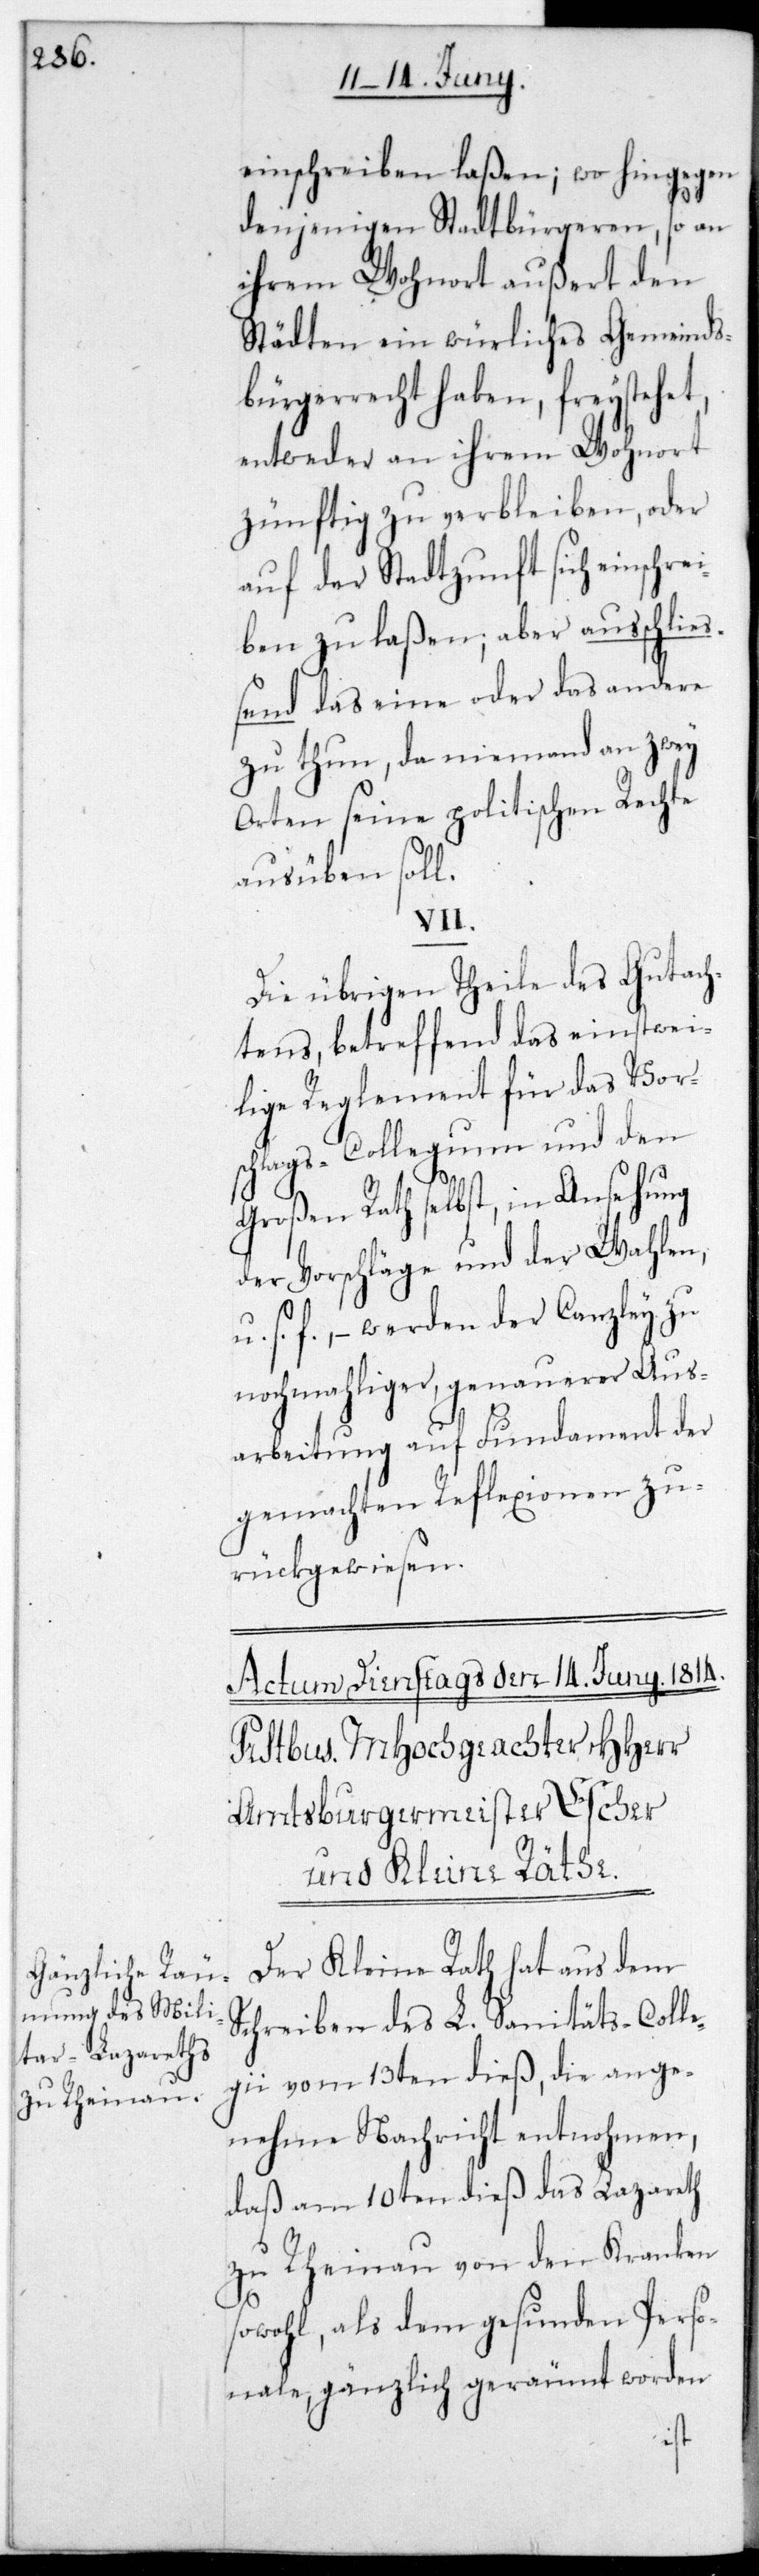
einschreiben laßen; wo hingegen
denjenigen Stadtbürgeren, so an
ihrem Wohnort außert den
Städten ein würkliches Gemeinds¬
bürgerrecht haben, freistehet,
entweder an ihrem Wohnort
zünftig zu verbleiben, oder
auf der Stadtzunft sich einschre¬
iben zu laßen; aber ausschließ¬
end das Eine oder das Andere
zu thun, da niemand an zwey
Orten seine politischen Rechte
ausüben soll.
VII.
Die übrigen Theile des Gutach¬
tens, betreffend das einstwei¬
lige Reglement für das Vor¬
schlags-Collegium und den
Großen Rath selbst, in Ansehung
der Vorschläge und der Wahlen
s. f., – werden der Canzley zu
nochmaliger genauerer Aus¬
arbeitung auf Fundament der
gemachten Reflexionen zu¬
rückgewiesen.
Der Kleine Rath hat aus dem
Schreiben des L. Sanitätscolle¬
gii vom 13ten dieß, die ange¬
nehme Nachricht entnommen,
daß am 10ten dieß das Lazareth
zu Rheinau von den Kranken
sowohl als dem gesunden Perso¬
nale gänzlich geräumt worden